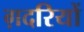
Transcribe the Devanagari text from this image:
ग़दरियों